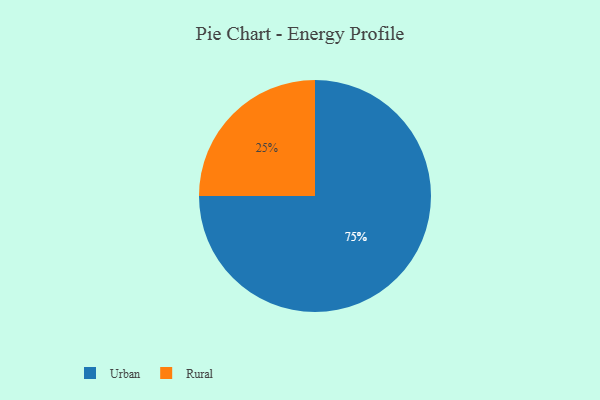
{"axis": {"x": "Category", "y": "Percentage"}, "legend": ["Rural", "Urban"], "data": [{"x": "Urban", "y": 75, "type": "Urban"}, {"x": "Rural", "y": 25, "type": "Rural"}]}